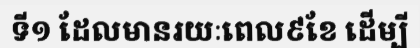
ទី១ ដែលមានរយៈពេល៩ខែ ដើម្បី